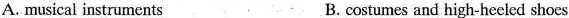
A. musical instruments B. costumes and high-heeled shoes